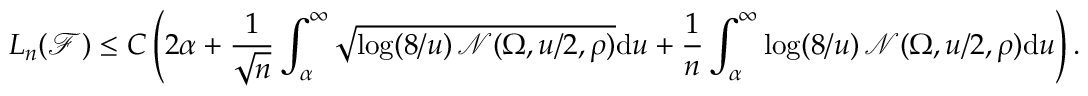
L _ { n } ( \mathcal F ) \leq C \left( 2 \alpha + \frac { 1 } { \sqrt { n } } \int _ { \alpha } ^ { \infty } \sqrt { \log ( { 8 } / { u } ) \, \mathcal { N } ( \Omega , { u } / { 2 } , \rho ) } \mathrm { d } u + \frac { 1 } { { n } } \int _ { \alpha } ^ { \infty } \log ( { 8 } / { u } ) \, \mathcal { N } ( \Omega , { u } / { 2 } , \rho ) \mathrm { d } u \right) .